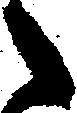
々